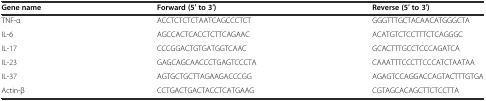
| Gene name | Forward (5′ to 3′) | Reverse (5′ to 3′) |
 | --- | --- | --- |
 | TNF-α | ACCTCTCTCTAATCAGCCCTCT | GGGTTTGCTACAACATGGGCTA |
 | IL-6 | AGCCACTCACCTCTTCAGAAC | ACATGTCTCCTTTCTCAGGGC |
 | IL-17 | CCCGGACTGTGATGGTCAAC | GCACTTTGCCTCCCAGATCA |
 | IL-23 | GAGCAGCAACCCTGAGTCCCTA | CAAATTTCCCTTCCCATCTAATAA |
 | IL-37 | AGTGCTGCTTAGAAGACCCGG | AGAGTCCAGGACCAGTACTTTGTGA |
 | Actin-β | CCTGACTGACTACCTCATGAAG | CGTAGCACAGCTTCTCCTTA |